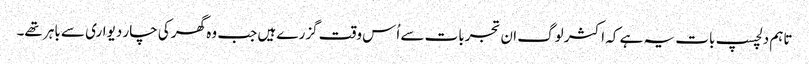
تاہم دلچسپ بات یہ ہے کہ اکثر لوگ ان تجربات سے اُس وقت گزرے ہیں جب وہ گھر کی چار دیواری سے باہر تھے۔